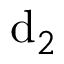
{ \mathrm { d } } _ { 2 }